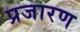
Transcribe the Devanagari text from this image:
प्रजारण